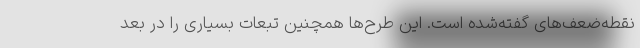
نقطه‌ضعف‌های گفته‌شده است. این طرح‌ها همچنین تبعات بسیاری را در بعد